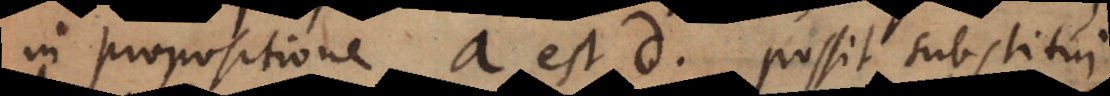
in propositione a est d possit substitui